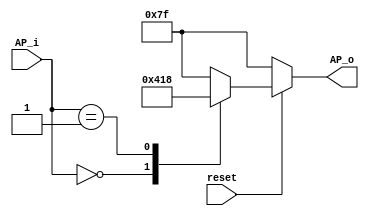
`timescale 1ns / 1ps
//////////////////////////////////////////////////////////////////////////////////
// Company: 
// Engineer: 
// 
// Design Name: 
// Module Name: AP_7segment
// Project Name: 
// Target Devices: 
// Tool Versions: 
// Description: 
// 
// Dependencies: 
// 
// Revision:
// Revision 0.01 - File Created
// Additional Comments:
// 
//////////////////////////////////////////////////////////////////////////////////


module AP_7segment(AP_i, reset, AP_o);
    input [6:0]AP_i;
    input reset;
    output reg [6:0]AP_o;

    always @(*) begin
        if (!reset)
            AP_o <= 7'b1111111; // BLANK
        else begin
            case (AP_i)
                7'b0000000: AP_o <= 7'b0001000; // "A"
                7'b0000001: AP_o <= 7'b0011000; // "P"
                default: AP_o <= 7'b1111111; // BLANK
            endcase
            end
        end
endmodule